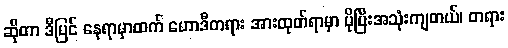
ဆိုတာ ဒီပြင် နေရာမှာထက် ဟောဒီတရား အားထုတ်ရာမှာ ပိုပြီးအသုံးကျတယ်၊ တရား